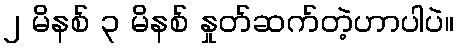
၂ မိနစ် ၃ မိနစ် နှုတ်ဆက်တဲ့ဟာပါပဲ။